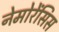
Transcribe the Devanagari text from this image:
नेमोरेंसिस